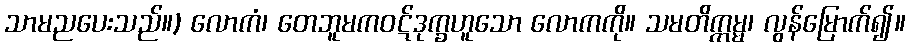
သာမညပေးသည်။) လောကံ၊ တေဘူမကဝဋ်ဒုက္ခဟူသော လောကကို။ သမတိက္ကမ္မ၊ လွန်မြောက်၍။